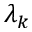
\lambda _ { k }